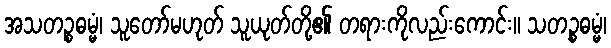
အသတဉ္စဓမ္မံ၊ သူတော်မဟုတ် သူယုတ်တို့၏ တရားကိုလည်းကောင်း။ သတဉ္စဓမ္မံ၊